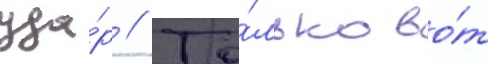
уда́р // То́лько во́т